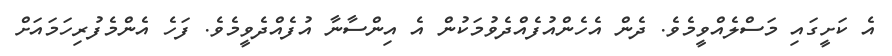
އެ ކަށީގައި މަސްލެއްވީމެވެ. ދެން އެހެންއުފެއްދެވުމަކުން އެ އިންސާނާ އުފެއްދެވީމެވެ. ފަހެ އެންމެފުރިހަމައަށް